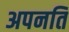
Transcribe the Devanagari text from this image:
अपनति